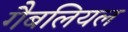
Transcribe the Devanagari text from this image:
गैबलियल